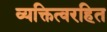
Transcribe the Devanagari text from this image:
व्यक्तित्वरहित